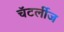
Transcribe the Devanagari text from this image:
चॅटर्लीज